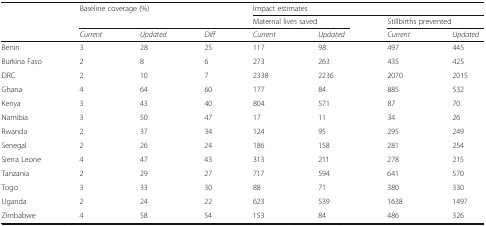
| <ROWSPAN=3>  | <ROWSPAN=2-COLSPAN=3> Baseline coverage (%) | <COLSPAN=4> Impact estimates |
 | <COLSPAN=2> Maternal lives saved | <COLSPAN=2> Stillbirths prevented |
 | Current | Updated | Diff | Current | Updated | Current | Updated |
 | --- | --- | --- | --- | --- | --- | --- | --- |
 | Benin | 3 | 28 | 25 | 117 | 98 | 497 | 445 |
 | Burkina Faso | 2 | 8 | 6 | 273 | 263 | 435 | 425 |
 | DRC | 2 | 10 | 7 | 2338 | 2236 | 2070 | 2015 |
 | Ghana | 4 | 64 | 60 | 177 | 84 | 885 | 532 |
 | Kenya | 3 | 43 | 40 | 804 | 571 | 87 | 70 |
 | Namibia | 3 | 50 | 47 | 17 | 11 | 34 | 26 |
 | Rwanda | 2 | 37 | 34 | 124 | 95 | 295 | 249 |
 | Senegal | 2 | 26 | 24 | 186 | 158 | 281 | 254 |
 | Sierra Leone | 4 | 47 | 43 | 313 | 211 | 278 | 215 |
 | Tanzania | 2 | 29 | 27 | 717 | 594 | 641 | 570 |
 | Togo | 3 | 33 | 30 | 88 | 71 | 380 | 330 |
 | Uganda | 2 | 24 | 22 | 623 | 539 | 1638 | 1497 |
 | Zimbabwe | 4 | 58 | 54 | 153 | 84 | 486 | 326 |